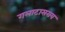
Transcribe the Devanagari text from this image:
गलाटासराय